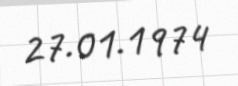
27.01.1974